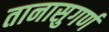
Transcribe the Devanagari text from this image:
तानासुगर्ण